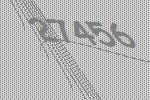
27456